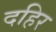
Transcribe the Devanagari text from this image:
दहिर